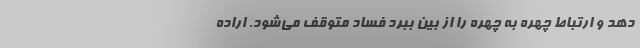
دهد و ارتباط چهره به چهره را از بین ببرد فساد متوقف می‌شود. اراده